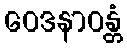
ဝေဒနာဝန္တံ